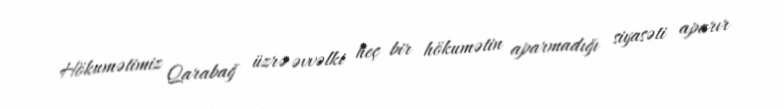
Hökumətimiz Qarabağ üzrə əvvəlki heç bir hökumətin aparmadığı siyasəti aparır